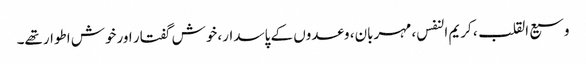
وسیع القلب، کریم النفس، مہربان، وعدوں کے پاسدار، خوش گفتار اورخوش اطوارتھے۔